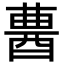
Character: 𨠷